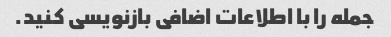
جمله را با اطلاعات اضافی بازنویسی کنید.